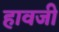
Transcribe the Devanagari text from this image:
हावजी